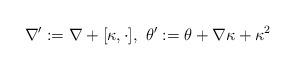
LaTeX: \begin{align*}\nabla':= \nabla+[\kappa, \cdot], \ \theta':= \theta +\nabla \kappa +\kappa^2\end{align*}